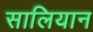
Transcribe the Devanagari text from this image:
सालियान